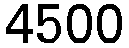
4500